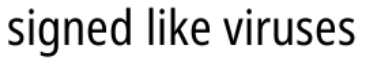
signed like viruses